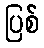
ပြစ်